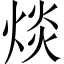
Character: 㷋